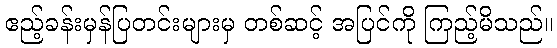
ဧည့်ခန်းမှန်ပြတင်းများမှ တစ်ဆင့် အပြင်ကို ကြည့်မိသည်။